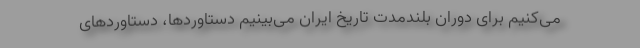
می‌کنیم برای دوران بلندمدت تاریخ ایران می‌بینیم دستاوردها، دستاوردهای